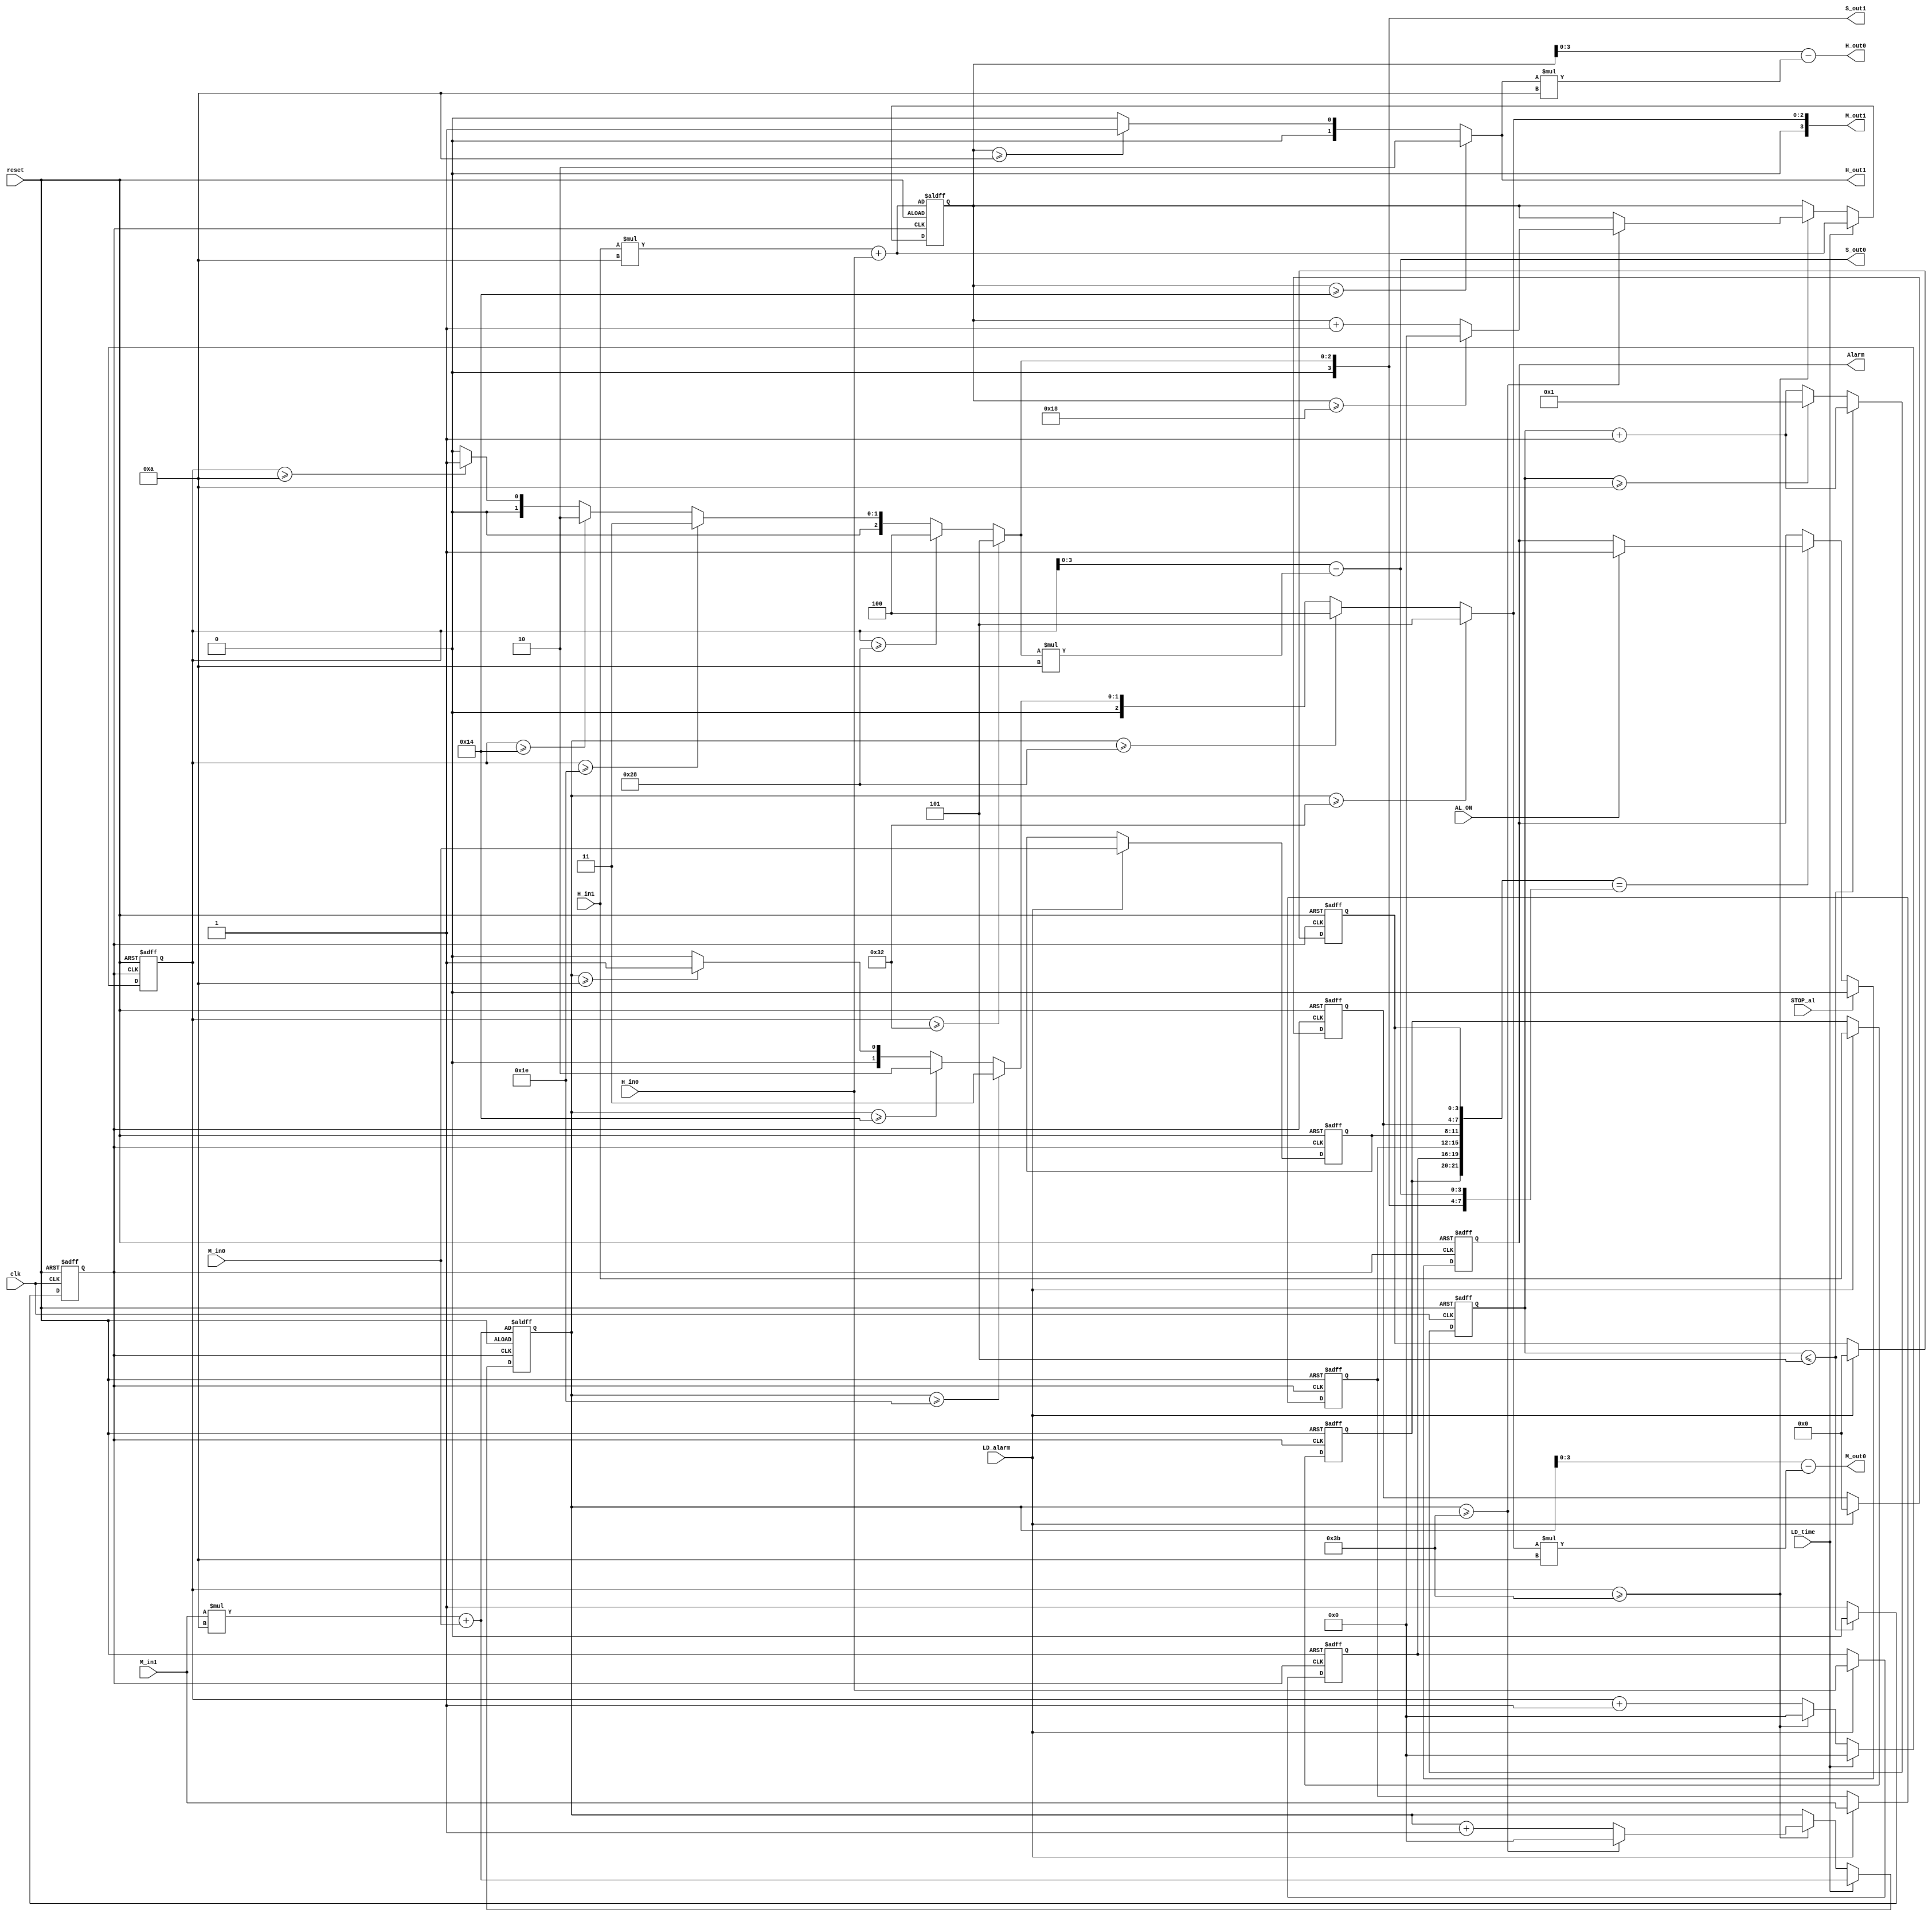
module iiitb_clockfpga (
 input reset,  /* Active high reset pulse, to set the time to the input hour and minute (as defined by the H_in1, H_in0, M_in1, and M_in0 inputs) and the second to 00. It should also set the alarm value to 0.00.00, and to set the Alarm (output) low.For normal operation, this input pin should be 0*/
 input clk,  /* A 10Hz input clock. This should be used to generate each real-time second*/
 input [1:0] H_in1, /*A 2-bit input used to set the most significant hour digit of the clock (if LD_time=1),or the most significant hour digit of the alarm (if LD_alarm=1). Valid values are 0 to 2. */ 
 input [3:0] H_in0, /* A 4-bit input used to set the least significant hour digit of the clock (if LD_time=1),or the least significant hour digit of the alarm (if LD_alarm=1). Valid values are 0 to 9.*/
 input [3:0] M_in1, /*A 4-bit input used to set the most significant minute digit of the clock (if LD_time=1),or the most significant minute digit of the alarm (if LD_alarm=1). Valid values are 0 to 5.*/
 input [3:0] M_in0, /*A 4-bit input used to set the least significant minute digit of the clock (if LD_time=1),or the least significant minute digit of the alarm (if LD_alarm=1). Valid values are 0 to 9. */
 input LD_time,  /* If LD_time=1, the time should be set to the values on the inputs H_in1, H_in0, M_in1, and M_in0. The second time should be set to 0.If LD_time=0, the clock should act normally (i.e. second should be incremented every 10 clock cycles).*/
 input   LD_alarm,  /* If LD_alarm=1, the alarm time should be set to the values on the inputs H_in1, H_in0, M_in1, and M_in0.If LD_alarm=0, the clock should act normally.*/ 
 input   STOP_al,  /* If the Alarm (output) is high, then STOP_al=1 will bring the output back low. */ 
 input   AL_ON,  /* If high, the alarm is ON (and Alarm will go high if the alarm time equals the real time). If low the the alarm function is OFF. */
 output reg Alarm,  /* This will go high if the alarm time equals the current time, and AL_ON is high. This will remain high, until STOP_al goes high, which will bring Alarm back low.*/
 output [1:0]  H_out1, 
/* The most significant digit of the hour. Valid values are 0 to 2. */
 output [3:0]  H_out0, 
/* The least significant digit of the hour. Valid values are 0 to 9. */
 output [3:0]  M_out1, 
/* The most significant digit of the minute. Valid values are 0 to 5.*/
 output [3:0]  M_out0, /* The least significant digit of the minute. Valid values are 0 to 9. */
 output [3:0]  S_out1, /* The most significant digit of the minute. Valid values are 0 to 5. */
 output [3:0]  S_out0  /* The least significant digit of the minute. Valid values are 0 to 9. */
 );
// fpga4student.com FPGA projects, VHDL projects, Verilog project
 // internal signal
 reg clk_1s; // 1-s clock
 reg [3:0] tmp_1s; // count for creating 1-s clock 
 reg [5:0] tmp_hour, tmp_minute, tmp_second; 
// counter for clock hour, minute and second
 reg [1:0] c_hour1,a_hour1; 
/* The most significant hour digit of the temp clock and alarm. */ 
 reg [3:0] c_hour0,a_hour0;
/* The least significant hour digit of the temp clock and alarm. */ 
 reg [3:0] c_min1,a_min1;
/* The most significant minute digit of the temp clock and alarm.*/ 
 reg [3:0] c_min0,a_min0;
/* The least significant minute digit of the temp clock and alarm.*/ 
 reg [3:0] c_sec1,a_sec1;
/* The most significant second digit of the temp clock and alarm.*/ 
 reg [3:0] c_sec0,a_sec0;
/* The least significant minute digit of the temp clock and alarm.*/ 
 
 /************************************************/ 
 /*****************function mod10******************/
 /*************************************************/ 
 function [3:0] mod_10;
 input [5:0] number;
 begin
 mod_10 = (number >=50) ? 5 : ((number >= 40)? 4 :((number >= 30)? 3 :((number >= 20)? 2 :((number >= 10)? 1 :0))));
 end
 endfunction
 
 /*************************************************/ 
 /************* Clock operation**************/
 /*************************************************/ 
// fpga4student.com FPGA projects, VHDL projects, Verilog project
 always @(posedge clk_1s or posedge reset )
 begin
 if(reset) begin // reset high => alarm time to 00.00.00, alarm to low, clock to H_in and M_in and S to 00
 a_hour1 <= 2'b00;
 a_hour0 <= 4'b0000;
 a_min1 <= 4'b0000;
 a_min0 <= 4'b0000;
 a_sec1 <= 4'b0000;
 a_sec0 <= 4'b0000;
 tmp_hour <= H_in1*10 + H_in0;
 tmp_minute <= M_in1*10 + M_in0;
 tmp_second <= 0;
 end 
 else begin
 if(LD_alarm) begin // LD_alarm =1 => set alarm clock to H_in, M_in
 a_hour1 <= H_in1;
 a_hour0 <= H_in0;
 a_min1 <= M_in1;
 a_min0 <= M_in0;
 a_sec1 <= 4'b0000;
 a_sec0 <= 4'b0000;
 end 
 if(LD_time) begin // LD_time =1 => set time to H_in, M_in
 tmp_hour <= H_in1*10 + H_in0;
 tmp_minute <= M_in1*10 + M_in0;
 tmp_second <= 0;
 end 
 else begin  // LD_time =0 , clock operates normally
 tmp_second <= tmp_second + 1;
 if(tmp_second >=59) begin // second > 59 then minute increases
 tmp_minute <= tmp_minute + 1;
 tmp_second <= 0;
 if(tmp_minute >=59) begin // minute > 59 then hour increases
 tmp_minute <= 0;
 tmp_hour <= tmp_hour + 1;
 if(tmp_hour >= 24) begin // hour > 24 then set hour to 0
 tmp_hour <= 0;
 end 
 end 
 end

 end 
 end 
 end 
 
 /*************************************************/ 
 /******** Create 1-second clock****************/
 /*************************************************/ 
// fpga4student.com FPGA projects, VHDL projects, Verilog project
 always @(posedge clk or posedge reset)
 begin
 if(reset) 
 begin
 tmp_1s <= 0;
 clk_1s <= 0;
 end
 else begin
 tmp_1s <= tmp_1s + 1;
 if(tmp_1s <= 5) 
 clk_1s <= 0;
 else if (tmp_1s >= 10) begin
 clk_1s <= 1;
 tmp_1s <= 1;
 end
 else
 clk_1s <= 1;
 end
 end
 
 /*************************************************/ 
 /***OUTPUT OF THE CLOCK**********************/ 
 /*************************************************/ 
 always @(*) begin

 if(tmp_hour>=20) begin
 c_hour1 = 2;
 end
 else begin
 if(tmp_hour >=10) 
 c_hour1  = 1;
 else
 c_hour1 = 0;
 end
 c_hour0 = tmp_hour - c_hour1*10; 
 c_min1 = mod_10(tmp_minute); 
 c_min0 = tmp_minute - c_min1*10;
 c_sec1 = mod_10(tmp_second);
 c_sec0 = tmp_second - c_sec1*10; 
 end
 // fpga4student.com FPGA projects, VHDL projects, Verilog project
 assign H_out1 = c_hour1; // the most significant hour digit of the clock
 assign H_out0 = c_hour0; // the least significant hour digit of the clock
 assign M_out1 = c_min1; // the most significant minute digit of the clock
 assign M_out0 = c_min0; // the least significant minute digit of the clock
 assign S_out1 = c_sec1; // the most significant second digit of the clock
 assign S_out0 = c_sec0; // the least significant second digit of the clock 

 /*************************************************/ 
 /******** Alarm function******************/
 /*************************************************/ 
// fpga4student.com FPGA projects, VHDL projects, Verilog project
 always @(posedge clk_1s or posedge reset) begin
 if(reset) 
 Alarm <=0; 
 else begin
 if({a_hour1,a_hour0,a_min1,a_min0,a_sec1,a_sec0}=={c_hour1,c_hour0,c_min1,c_min0,c_sec1,c_sec0})
 begin // if alarm time equals clock time, it will pulse high the Alarm signal with AL_ON=1
 if(AL_ON) Alarm <= 1; 
 end
 if(STOP_al) Alarm <=0; // when STOP_al = 1, push low the Alarm signal
 end
 end
 
endmodule